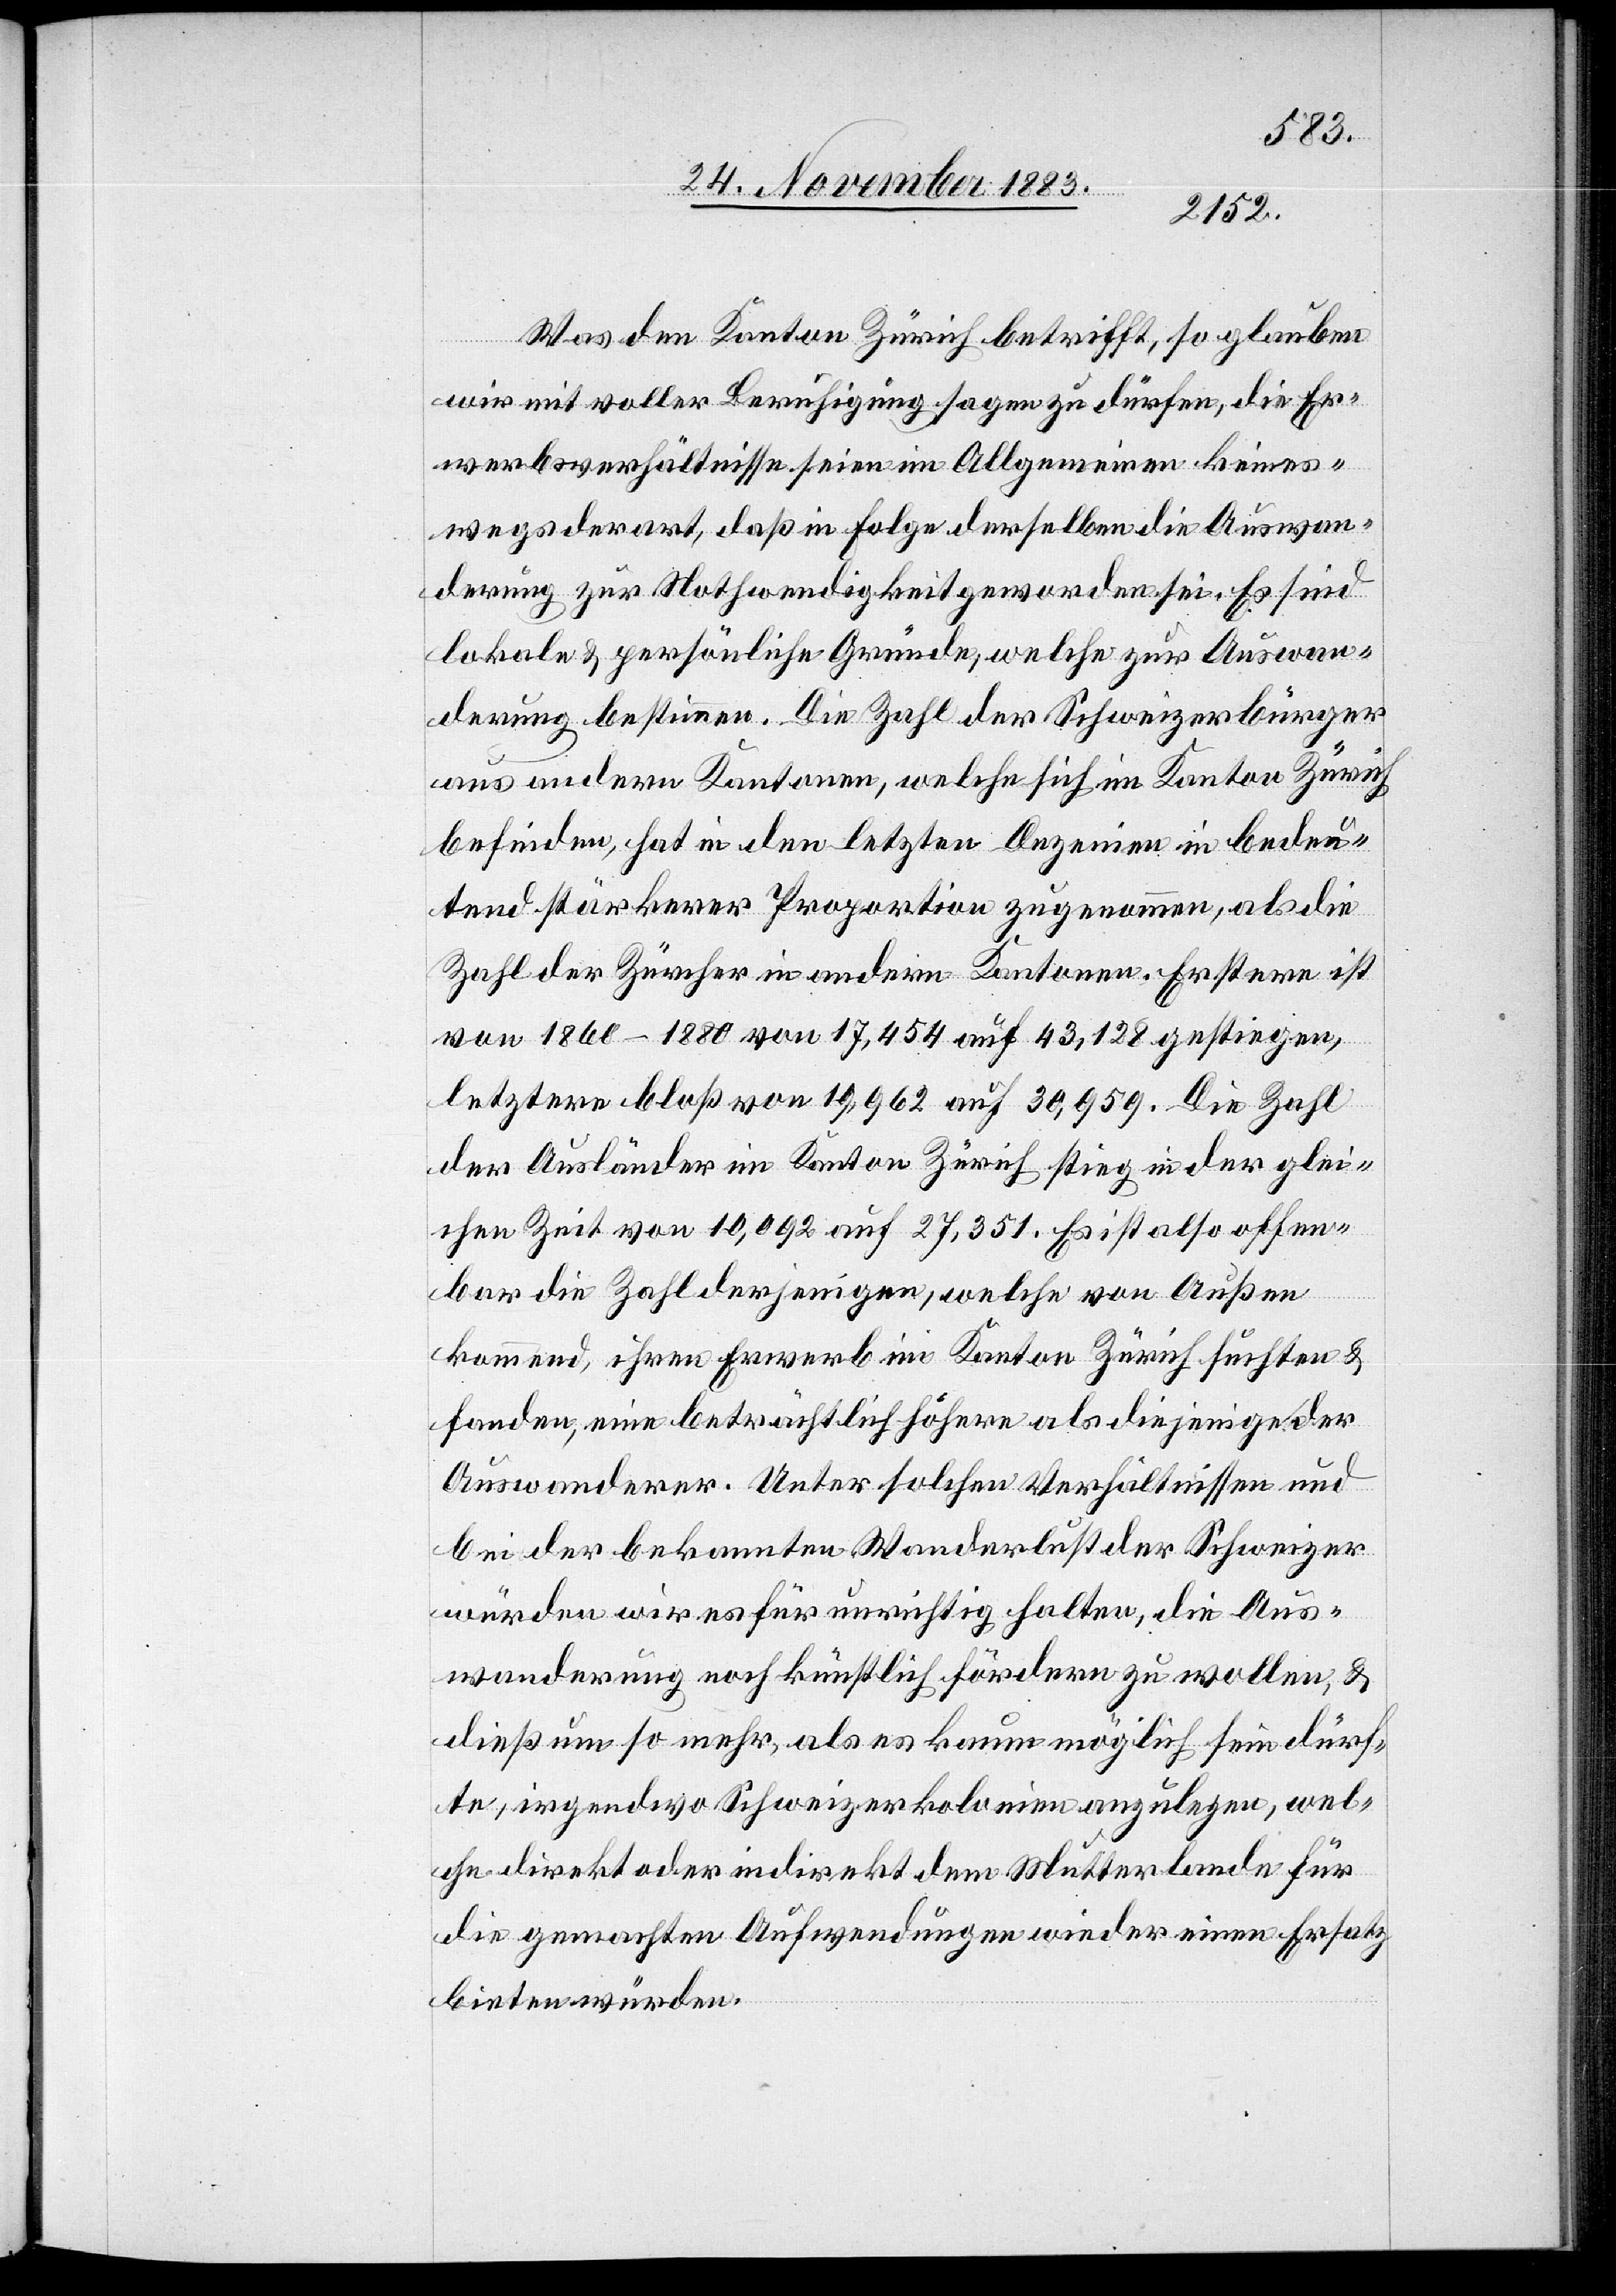
Was den Kanton Zürich betrifft, so glauben
wir mit voller Beruhigung sagen zu dürfen, die Er¬
werbsverhältnisse seien im Allgemeinen keines¬
wegs derart, daß in Folge derselben die Auswan¬
derung zur Nothwendigkeit geworden sei. Es sind
lokale & persönliche Gründe, welche zur Auswan¬
derung bestimmen. Die Zahl der Schweizerbürger
aus andern Kantonen, welche sich im Kanton Zürich
befinden, hat in den letzten Dezenien in bedeu¬
tend stärkerer Proportion zugenommen, als die
Zahl der Züricher in andern Kantonen. Erstere ist
von 1860–1880 von 17,454 auf 43,128 gestiegen,
letztere bloß von 19,962 auf 30,959. Die Zahl
der Ausländer im Kanton Zürich stieg in der glei¬
chen Zeit von 10,092 auf 27,351. Es ist also offen¬
bar die Zahl derjenigen, welche von Außen
kommend, ihren Erwerb im Kanton Zürich suchten &
fanden, eine beträchtlich höhere als diejenige der
Auswanderer unter solchen Verhältnissen und
bei der bekannten Wanderlust der Schweizer
würden wir es für unrichtig halten, die Aus¬
wanderung noch künstlich fördern zu wollen, &
dieß um so mehr, als es kaum möglich sein dürf¬
te, irgendwo Schweizerkolonien anzulegen, wel¬
che direkt oder indirekt dem Mutterland für
die gemachten Aufwendungen wieder einen Ersatz
bieten würden.